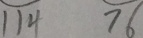
1 1 4 7 6